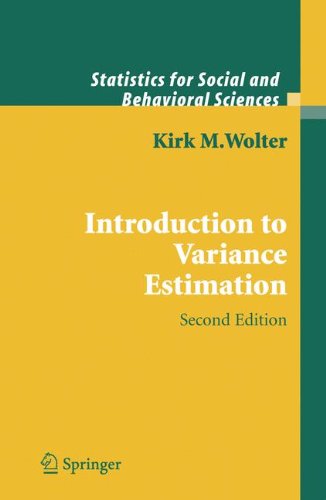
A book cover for Introduction to Variance Estimation (Statistics for Social and Behavioral Sciences); Kirk Wolter; Politics & Social Sciences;